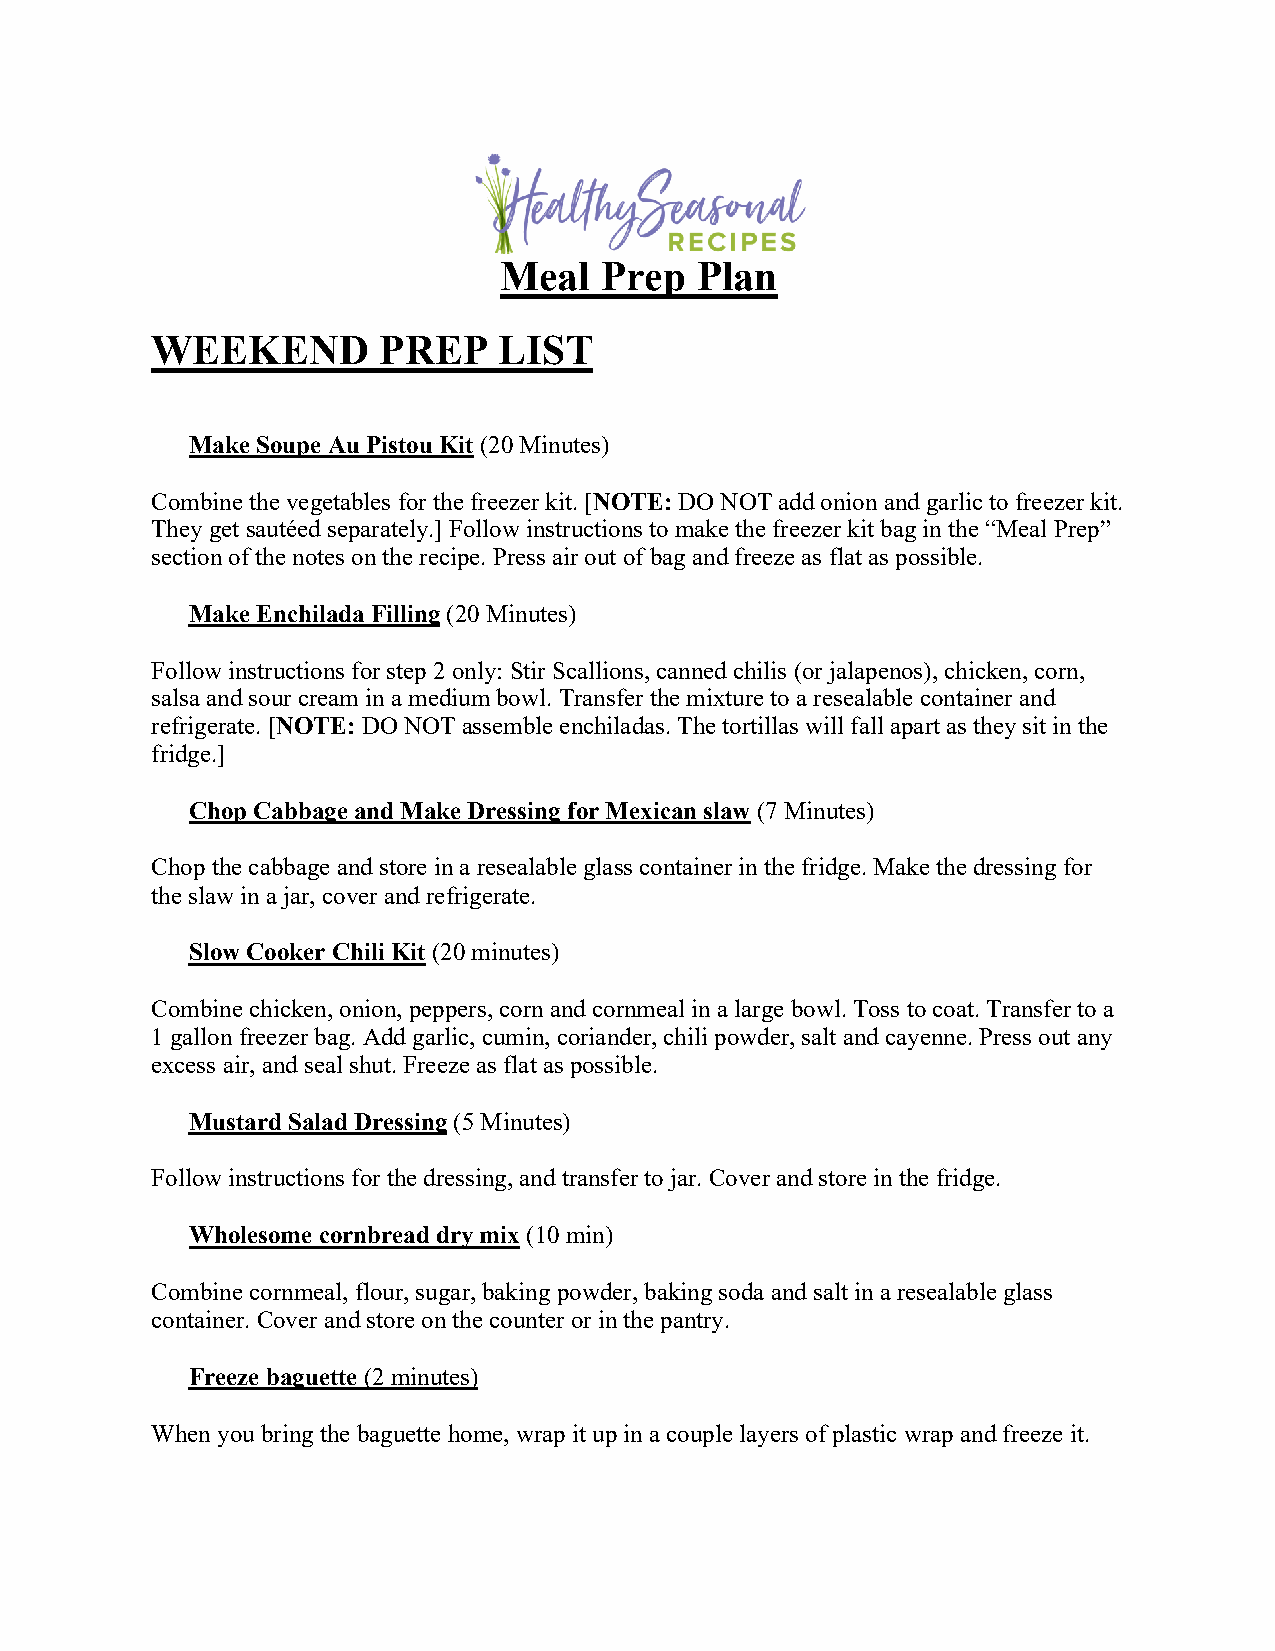
Meal   Prep  Plan
 WEEKEND        PREP    LIST
 Make Soupe Au Pistou Kit (20 Minutes)
 Combine the vegetables for the freezer kit. [NOTE: DO NOT add onion and garlic to freezer kit.
 They get sautéed separately.] Follow instructions to make the freezer kit bag in the “Meal Prep”
 section of the notes on the recipe. Press air out of bag and freeze as flat as possible.
 Make Enchilada Filling (20 Minutes)
 Follow instructions for step 2 only: Stir Scallions, canned chilis (or jalapenos), chicken, corn,
 salsa and sour cream in a medium bowl. Transfer the mixture to a resealable container and
 refrigerate. [NOTE: DO NOT assemble enchiladas. The tortillas will fall apart as they sit in the
 fridge.]
 Chop Cabbage and Make Dressing for Mexican slaw (7 Minutes)
 Chop the cabbage and store in a resealable glass container in the fridge. Make the dressing for
 the slaw in a jar, cover and refrigerate.
 Slow Cooker Chili Kit (20 minutes)
 Combine chicken, onion, peppers, corn and cornmeal in a large bowl. Toss to coat. Transfer to a
 1 gallon freezer bag. Add garlic, cumin, coriander, chili powder, salt and cayenne. Press out any
 excess air, and seal shut. Freeze as flat as possible.
 Mustard Salad Dressing (5 Minutes)
 Follow instructions for the dressing, and transfer to jar. Cover and store in the fridge.
 Wholesome cornbread dry mix (10 min)
 Combine cornmeal, flour, sugar, baking powder, baking soda and salt in a resealable glass
 container. Cover and store on the counter or in the pantry.
 Freeze baguette (2 minutes)
 When you bring the baguette home, wrap it up in a couple layers of plastic wrap and freeze it.